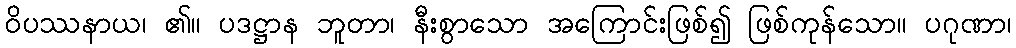
ဝိပဿနာယ၊ ၏။ ပဒဋ္ဌာန ဘူတာ၊ နီးစွာသော အကြောင်းဖြစ်၍ ဖြစ်ကုန်သော။ ပဂုဏာ၊